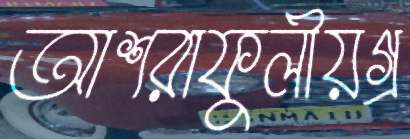
আশরাফুলীয়গ্র